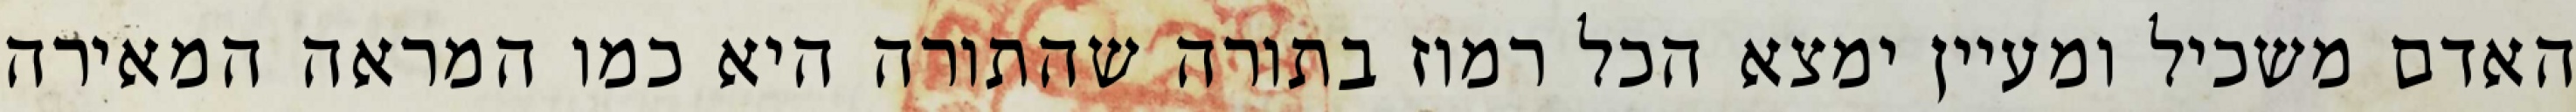
האדם משכיל ומעיין ימצא הכל רמוז בתורה שהתורה היא כמו המראה המאירה